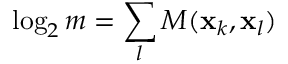
\log _ { 2 } m = \sum _ { l } M ( \mathbf { x } _ { k } , \mathbf { x } _ { l } )